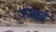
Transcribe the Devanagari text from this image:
ज़्ज़ाई